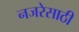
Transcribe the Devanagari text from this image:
नजरेसाठी